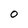
Character: 0